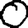
Digit: 0